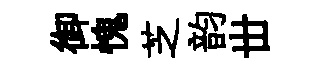
御愧芝韵丗